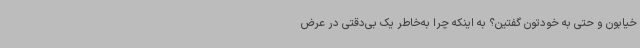
خیابون و حتی به خودتون گفتین؟ به اینکه چرا به‌خاطر یک بی‌دقتی در عرض